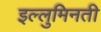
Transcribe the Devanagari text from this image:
इल्लुमिनती